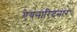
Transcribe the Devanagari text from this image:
ऐयनारिदनार